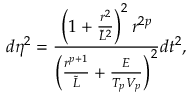
d \eta ^ { 2 } = { \frac { \left( 1 + { \frac { r ^ { 2 } } { \tilde { L } ^ { 2 } } } \right) ^ { 2 } r ^ { 2 p } } { \left( { \frac { r ^ { p + 1 } } { \tilde { L } } } + { \frac { E } { T _ { p } V _ { p } } } \right) ^ { 2 } } } d t ^ { 2 } ,